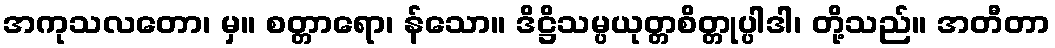
အကုသလတော၊ မှ။ စတ္တာရော၊ န်သော။ ဒိဋ္ဌိသမ္ပယုတ္တစိတ္တုပ္ပါဒါ၊ တို့သည်။ အတီတာ